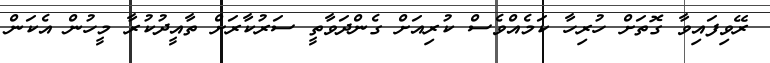
ރޭވިފައިވާ ގޮތަށް ހުރިހާ ކަމެއްވެސް ކުރިއަށް ގެންދަވާތީ ސަރުކާރަށް ތާއީދުކުރާ މީހުން އެކަން